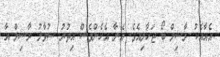
އެއާއެކު ރާސިލް ބޯ ޖަހާލިއެވެ. އޭނާ އެހެންވެސް އިތުރު ސުވާލު ރާސިލް އާ